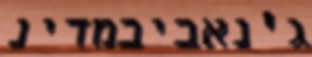
ג'נאביבמדינ